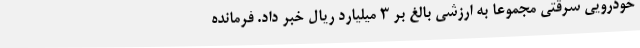
خودرویی سرقتی مجموعاً به ارزشی بالغ بر 3 میلیارد ریال خبر داد. فرمانده